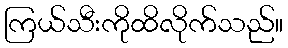
ကြယ်သီးကိုထိလိုက်သည်။